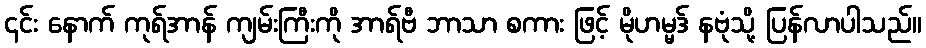
၎င်း နောက် ကုရ်အာန် ကျမ်းကြီးကို အာရ်ဗီ ဘာသာ စကား ဖြင့် မိုဟမ္မဒ် နဗုံသို့ ပြန်လာပါသည်။